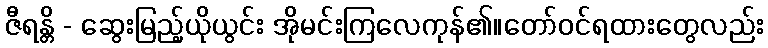
ဇီရန္တိ - ဆွေးမြည့်ယိုယွင်း အိုမင်းကြလေကုန်၏။တော်ဝင်ရထားတွေလည်း